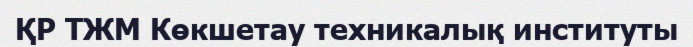
ҚР ТЖМ Көкшетау техникалық институты